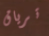
ترياق